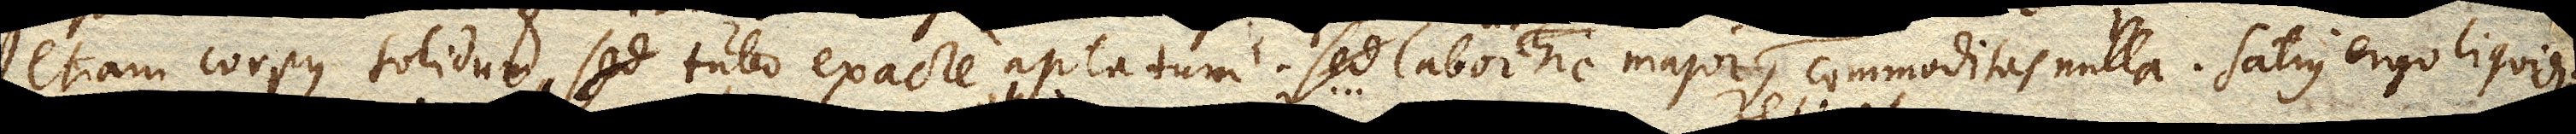
etiam corpus solidum tubo exacte aptatum. Sed labor hic major, commoditas nulla. Satius ergo liquidum